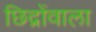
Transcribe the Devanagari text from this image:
छिद्रोंवाला